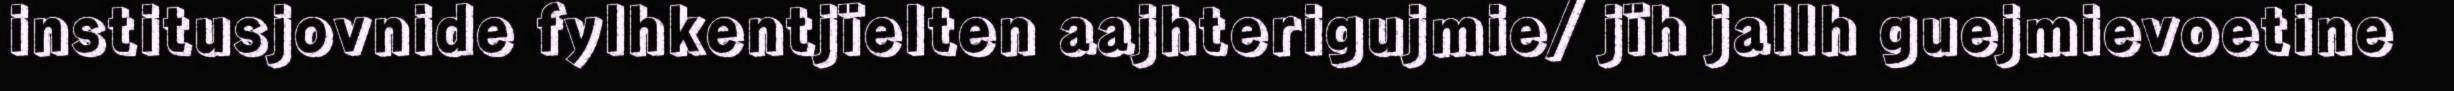
institusjovnide fylhkentjïelten aajhterigujmie/ jïh jallh guejmievoetine